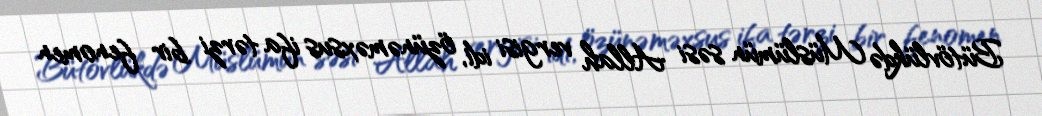
Bütövlükdə Müslümün səsi Allah vergisi idi, özünəməxsus ifa tərzi bir fenomen